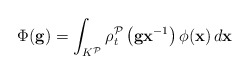
\begin{align*}\Phi (\mathbf{g})=\int_{K^{\mathcal{P}}}\rho _{t}^{\mathcal{P}}\left( \mathbf{gx}^{-1}\right) \phi (\mathbf{x})\,d\mathbf{x} \end{align*}